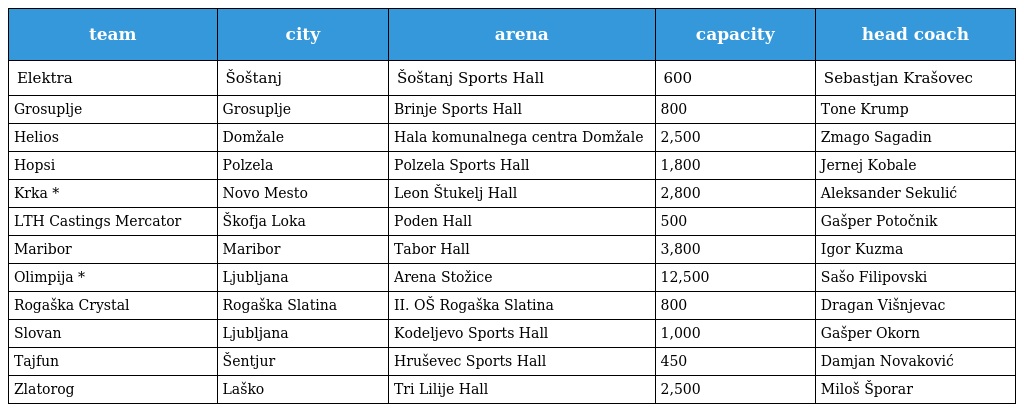
| team | city | arena | capacity | head coach |
 | --- | --- | --- | --- | --- |
 | Elektra | Šoštanj | Šoštanj Sports Hall | 600 | Sebastjan Krašovec |
 | Grosuplje | Grosuplje | Brinje Sports Hall | 800 | Tone Krump |
 | Helios | Domžale | Hala komunalnega centra Domžale | 2,500 | Zmago Sagadin |
 | Hopsi | Polzela | Polzela Sports Hall | 1,800 | Jernej Kobale |
 | Krka * | Novo Mesto | Leon Štukelj Hall | 2,800 | Aleksander Sekulić |
 | LTH Castings Mercator | Škofja Loka | Poden Hall | 500 | Gašper Potočnik |
 | Maribor | Maribor | Tabor Hall | 3,800 | Igor Kuzma |
 | Olimpija * | Ljubljana | Arena Stožice | 12,500 | Sašo Filipovski |
 | Rogaška Crystal | Rogaška Slatina | II. OŠ Rogaška Slatina | 800 | Dragan Višnjevac |
 | Slovan | Ljubljana | Kodeljevo Sports Hall | 1,000 | Gašper Okorn |
 | Tajfun | Šentjur | Hruševec Sports Hall | 450 | Damjan Novaković |
 | Zlatorog | Laško | Tri Lilije Hall | 2,500 | Miloš Šporar |